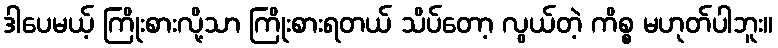
ဒါပေမယ့် ကြိုးစားလို့သာ ကြိုးစားရတယ် သိပ်တော့ လွယ်တဲ့ ကိစ္စ မဟုတ်ပါဘူး။